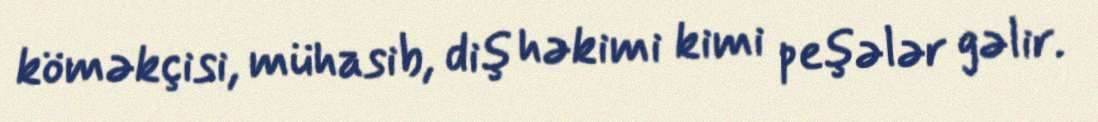
köməkçisi, mühasib, diş həkimi kimi peşələr gəlir.